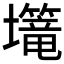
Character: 𱘗